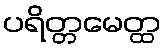
ပရိတ္တမေတ္ထ